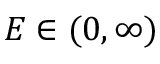
E \in ( 0 , \infty )